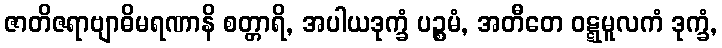
ဇာတိဇရာဗျာဓိမရဏာနိ စတ္တာရိ, အပါယဒုက္ခံ ပဉ္စမံ, အတီတေ ဝဋ္ဋမူလကံ ဒုက္ခံ,